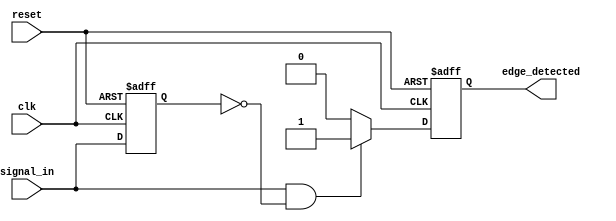
module rising_edge_detector (
    input wire clk,            // Clock input
    input wire reset,          // Asynchronous reset
    input wire signal_in,      // Input signal to detect rising edge
    output reg edge_detected    // Output signal indicating rising edge
);

    reg prev_signal;           // Register to hold the previous state of signal_in

    // Always block triggered on the rising edge of the clock
    always @(posedge clk or posedge reset) begin
        if (reset) begin
            // Initialize states on reset
            prev_signal <= 1'b0;
            edge_detected <= 1'b0;
        end else begin
            // Edge detection logic
            if (signal_in && !prev_signal) begin
                edge_detected <= 1'b1;  // Rising edge detected
            end else begin
                edge_detected <= 1'b0;  // No rising edge detected
            end
            
            // Update the previous signal state
            prev_signal <= signal_in;  // Store current state for next comparison
        end
    end

endmodule